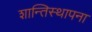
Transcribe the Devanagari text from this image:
शान्तिस्थापना